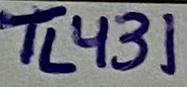
Text: TL431